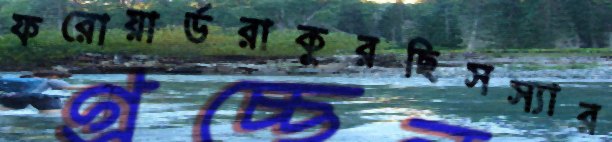
ফরোয়ার্ডরাকুরছিসস্যার